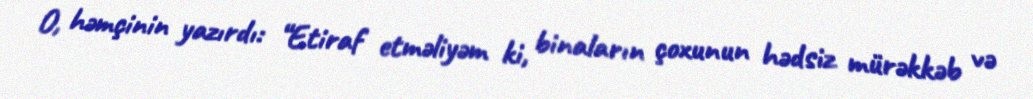
O, həmçinin yazırdı: “Etiraf etməliyəm ki, binaların çoxunun hədsiz mürəkkəb və